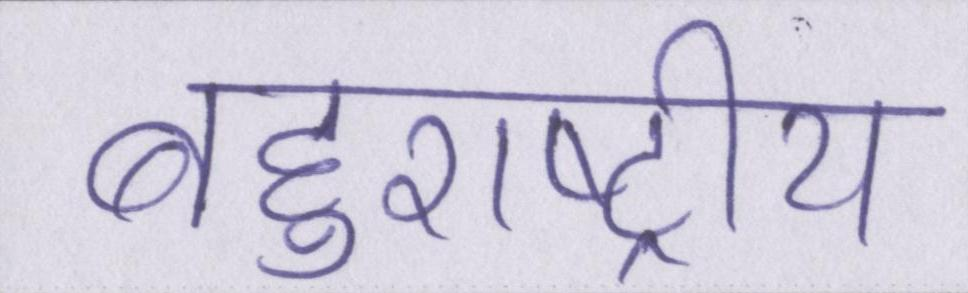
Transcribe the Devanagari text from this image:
बहुराष्ट्रीय